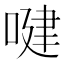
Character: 𠸻